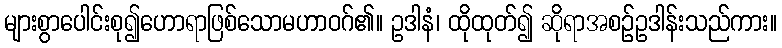
များစွာပေါင်းစု၍ဟောရာဖြစ်သောမဟာဝဂ်၏။ ဥဒါနံ၊ ထိုထုတ်၍ ဆိုရာအစဉ်ဥဒါန်းသည်ကား။